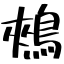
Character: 鵊